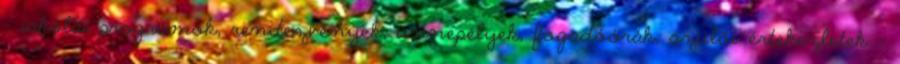
- iskolai programok, rendezvények, ünnepélyek, fogadóórák, szülői értekezletek -